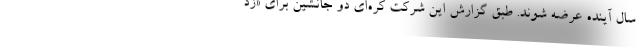
سال آینده عرضه شوند. طبق گزارش این شرکت کره‌ای دو جانشین برای «زد